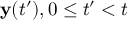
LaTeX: { \mathbf { y } } ( t ^ { \prime } ) , 0 \leq t ^ { \prime } < t